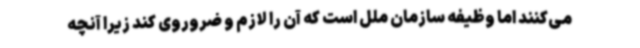
می‌کنند اما وظیفه سازمان ملل است که آن را لازم و ضروروی کند زیرا آنچه